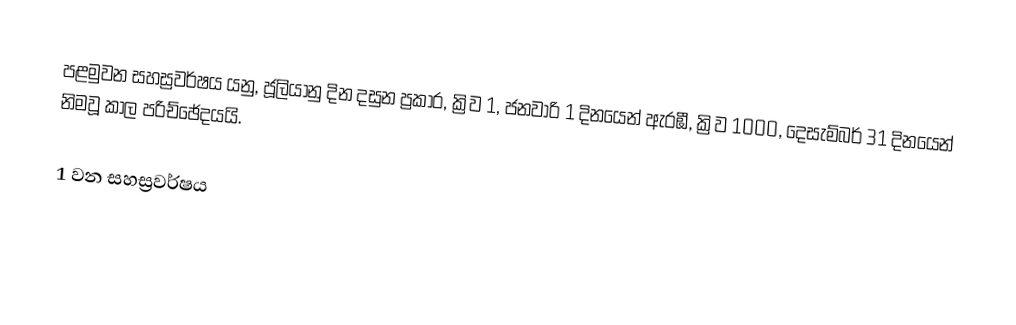
පළමුවන සහස්‍රවර්ෂය යනු,  ජූලියානු දින දසුන ප්‍රකාර, ක්‍රිව 1, ජනවාරි 1 දිනයෙන් ඇරඹී, ක්‍රිව 1000, දෙසැම්බර් 31 දිනයෙන් නිමවූ කාල පරිච්ඡේදයයි.

1 වන සහස්‍රවර්ෂය